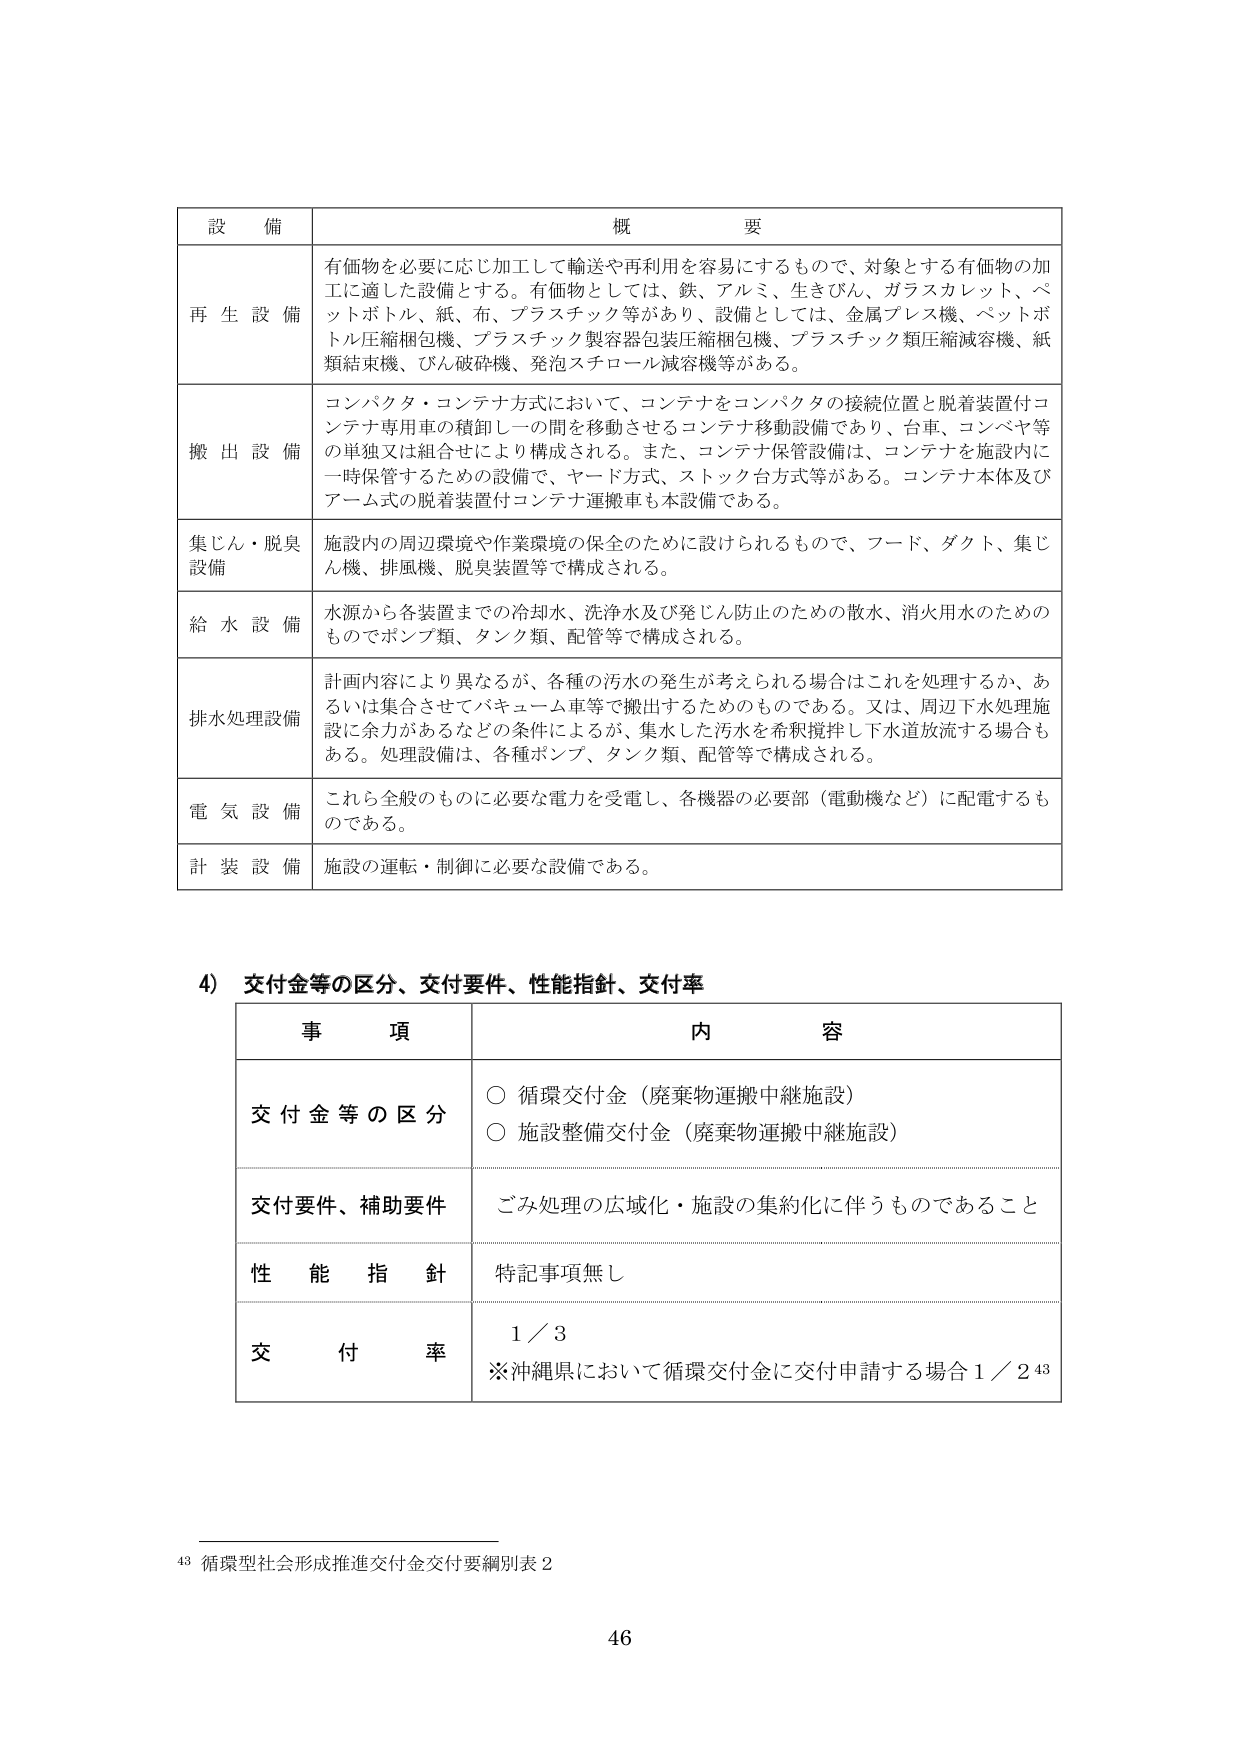
設 備 概 要
再生設備 有価物を必要に応じ加工して輸送や再利用を容易にするもので、対象とする有価物の加工に適した設備とする。有価物としては、鉄、アルミ、生きびん、ガラスカレット、ペットボトル、紙、布、プラスチック等があり、設備としては、金属プレス機、ペットボトル圧縮梱包機、プラスチック製容器包装圧縮梱包機、プラスチック類圧縮減容機、紙類結束機、びん破砕機、発泡スチロール減容機等がある。
搬出設備 コンパクタ・コンテナ方式において、コンテナをコンパクタの接続位置と脱着装置付コンテナ専用車の積卸し一の間を移動させるコンテナ移動設備であり、台車、コンベヤ等の単独又は組合せにより構成される。また、コンテナ保管設備は、コンテナを施設内に一時保管するための設備で、ヤード方式、ストック台方式等がある。コンテナ本体及びアーム式の脱着装置付コンテナ運搬車も本設備である。
集じん・脱臭設備 施設内の周辺環境や作業環境の保全のために設けられるもので、フード、ダクト、集じん機、排風機、脱臭装置等で構成される。
給水設備 水源から各装置までの冷却水、洗浄水及び発じん防止のための散水、消火用水のためのものでポンプ類、タンク類、配管等で構成される。
排水処理設備 計画内容により異なるが、各種の汚水の発生が考えられる場合はこれを処理するか、あるいは集合させてバキューム車等で搬出するためのものである。又は、周辺下水処理施設に余力があるなどの条件によるが、集水した汚水を希釈撹拌し下水道放流する場合もある。処理設備は、各種ポンプ、タンク類、配管等で構成される。
電気設備 これら全般のものに必要な電力を受電し、各機器の必要部（電動機など）に配電するものである。
計装設備 施設の運転・制御に必要な設備である。

4) 交付金等の区分、交付要件、性能指針、交付率
事 項 内 容
交付金等の区分 ○ 循環交付金（廃棄物運搬中継施設）
○ 施設整備交付金（廃棄物運搬中継施設）
交付要件、補助要件 ごみ処理の広域化・施設の集約化に伴うものであること
性能指針 特記事項無し
交付率 1／3
※沖縄県において循環交付金に交付申請する場合 1／2 43

43 循環型社会形成推進交付金交付要綱別表 2
46